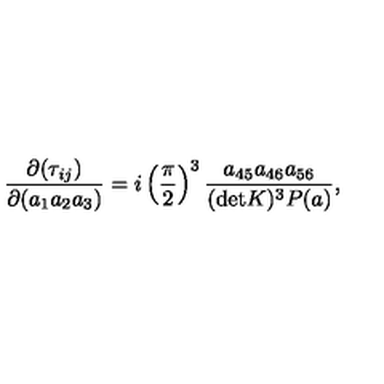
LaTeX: { \frac { \partial ( \tau _ { i j } ) } { \partial ( a _ { 1 } a _ { 2 } a _ { 3 } ) } } = i \left( \frac { \pi } { 2 } \right) ^ { 3 } { \frac { a _ { 4 5 } a _ { 4 6 } a _ { 5 6 } } { ( \mathrm { d e t } K ) ^ { 3 } P ( a ) } } ,